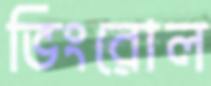
ভিংরোল